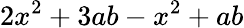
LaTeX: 2x^{2}+3ab-x^{2}+ab